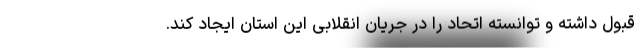
قبول داشته و توانسته اتحاد را در جریان انقلابی این استان ایجاد کند.